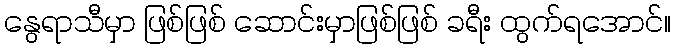
နွေရာသီမှာ ဖြစ်ဖြစ် ဆောင်းမှာဖြစ်ဖြစ် ခရီး ထွက်ရအောင်။